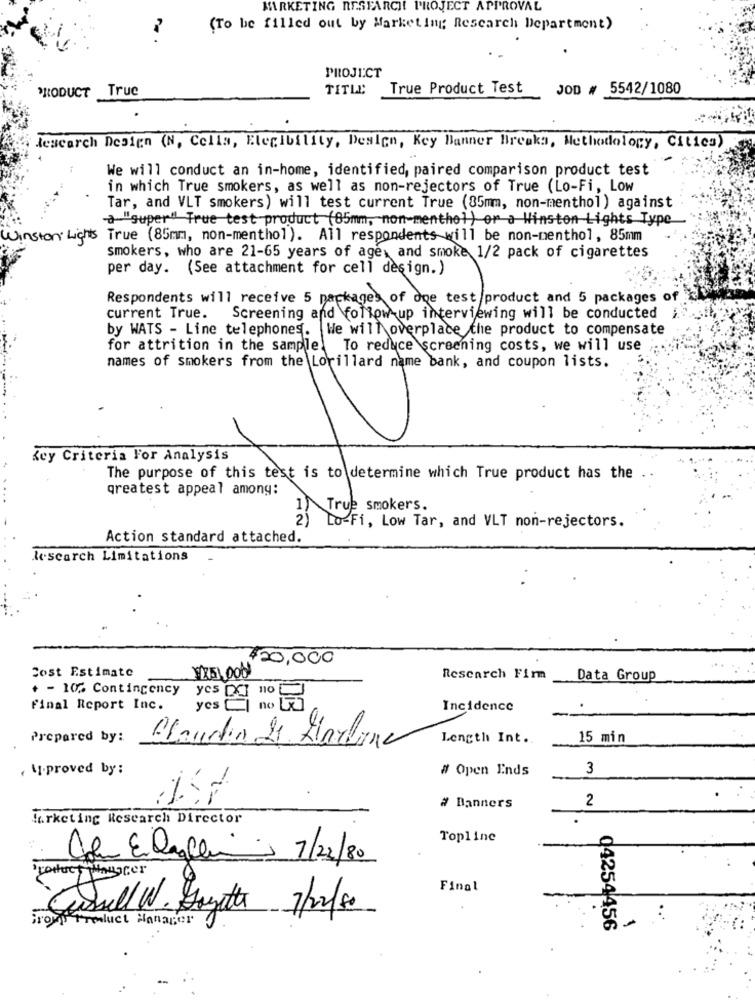
MARKETING RESEARCH PROJECT APPROVAL
(To be filled out by Marketing; Research Department)
PROJECT
PRODUCT True
TITLE True Product Test
JOD # 5542/1080
descarch Design (N, Cella, Elecibility, Design, Key Banner Breaka, Methodology, Cities)
We will conduct an in-home, identified, paired comparison product test
in which True smokers, as well as non-rejectors of True (Lo-Fi, Low
Tar, and VLT smokers) will test current True (85mm, non-menthol) against
-a"super" True test product (85mm, non-menthol) or a Winston Lights Type
Lichts True (85mm, non-menthol). All respondents will be non-menthol, 85mm
smokers, who are 21-65 years of age, and smoke 1/2 pack of cigarettes
per day. (See attachment for cell design.)
Respondents will receive 5 packages of one test/product and 5 packages of
current True.
Screening and follow up interviewing will be conducted
by WATS - Line telephones. We will overplace the product to compensate
for attrition in the sample!
To reduce screening costs, we will use
names of smokers from the Lorillard name bank, and coupon lists.
key Criteria For Analysis
The purpose of this test is to determine which True product has the
greatest appeal among:
1) True smokers.
2)
Lo-Fi, Low Tar, and VLT non-rejectors.
Action standard attached.
lescarch Limitations
$20,000
Cost Estimate
Research Firm
Data Group
+ - 10% Contingency
yes DCI
110
Final Report Inc.
yes Cin
Incidence
Prepared by:
Blandtin 21 Liarline
Length Int ..
15 min
, U.proved by:
# Open Ends
3
2
# Banners
Marketing Research Director
Topline
Cola E dagli 7/22/80
Final
Casull W. Gazette 7/02/80
Group Product Manager
04254456
-